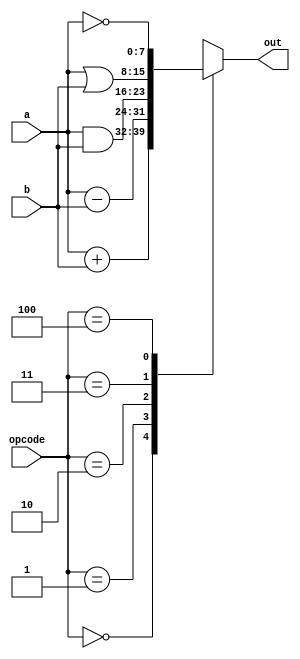
module alu #(parameter N=8)(
  input     [  2:0] opcode, //
  input     [N-1:0] a,      //      
  input     [N-1:0] b,      // 
  output reg[N-1:0] out    //
);
localparam add  =3'd0;
localparam minus=3'd1;
localparam band =3'd2;
localparam bor  =3'd3;
localparam bnot =3'd4; 

always@(opcode or a or b)// always 
	case(opcode)
		add:    out = a+b; //
		minus:  out = a-b; //
		band:   out = a&b; //
		bor:    out = a|b; //
		bnot:   out =~a;   //
		default:out =8'hx; //
	endcase

endmodule